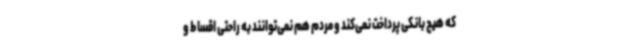
که هیچ بانکی پرداخت نمی‌کند و مردم هم نمی‌توانند به راحتی اقساط و